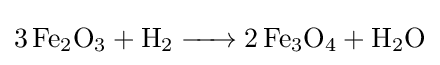
{\ce {3 Fe2O3 + H2 -> 2 Fe3O4 + H2O}}